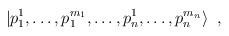
LaTeX: \begin{align*}|p_{1}^{1},\ldots ,p_{1}^{m_{1}},\ldots ,p_{n}^{1},\ldots,p_{n}^{m_{n}}\rangle \;\;,\end{align*}